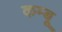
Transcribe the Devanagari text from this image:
कम्बू